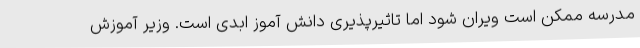
مدرسه ممکن است ویران شود اما تاثیرپذیری دانش آموز ابدی است. وزیر آموزش